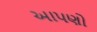
આપણો